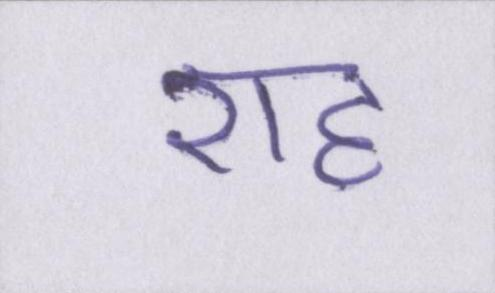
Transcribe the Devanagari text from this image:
राह